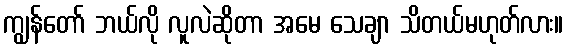
ကျွန်တော် ဘယ်လို လူလဲဆိုတာ အမေ သေချာ သိတယ်မဟုတ်လား။